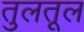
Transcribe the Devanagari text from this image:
तुलतूल